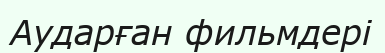
Аударған фильмдері